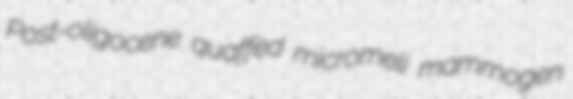
Post-oligocene quaffed micromeli mammogen